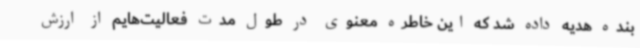
بنده هدیه داده شد که این خاطره معنوی در طول مدت فعالیت‌هایم از ارزش